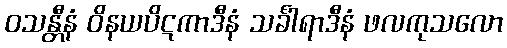
ဝသန္တီနံ ဝိနယပိဋကာဒီနံ သင်္ခါရာဒီနံ ဖလကုသလော